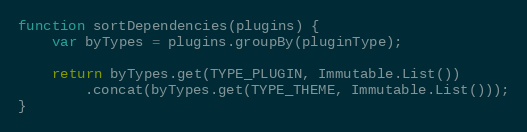
Language: JavaScript
function sortDependencies(plugins) {
    var byTypes = plugins.groupBy(pluginType);

    return byTypes.get(TYPE_PLUGIN, Immutable.List())
        .concat(byTypes.get(TYPE_THEME, Immutable.List()));
}